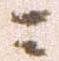
ニ